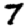
Digit: 7